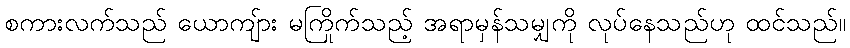
စကားလက်သည် ယောကျ်ား မကြိုက်သည့် အရာမှန်သမျှကို လုပ်နေသည်ဟု ထင်သည်။